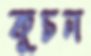
কুচন